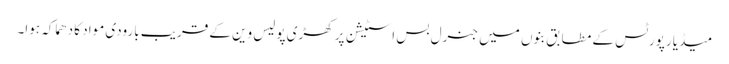
میڈیا رپورٹس کے مطابق بنوں میں جنرل بس اسٹیشن پر کھڑی پولیس وین کے قریب بارودی مواد کا دھماکہ ہوا۔